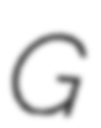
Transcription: G